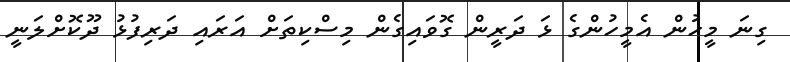
ގިނަ މީހުން އެމީހުންގެ ޅަ ދަރީން ގޮވައިގެން މިސްކިތަށް އަރައި ދަރިފުޅު ދޫކޮށްލަނީ